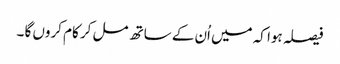
فیصلہ ہوا کہ میں اُن کے ساتھ مل کر کام کروں گا ۔